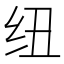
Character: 纽